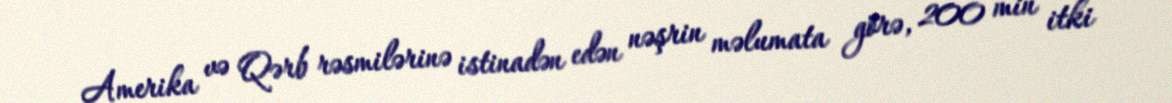
Amerika və Qərb rəsmilərinə istinadən edən nəşrin məlumata görə, 200 min itki